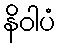
နိဝါပံ